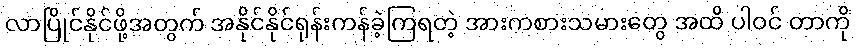
လာပြိုင်နိုင်ဖို့အတွက် အနိုင်နိုင်ရုန်းကန်ခဲ့ကြရတဲ့ အားကစားသမားတွေ အထိ ပါဝင် တာကို